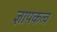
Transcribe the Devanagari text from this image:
ज्ञापकत्व